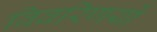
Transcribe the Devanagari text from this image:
विवरिणयों